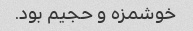
خوشمزه و حجیم بود.